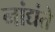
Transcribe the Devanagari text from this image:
नांद्यंते